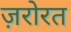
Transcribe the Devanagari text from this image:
ज़रोरत